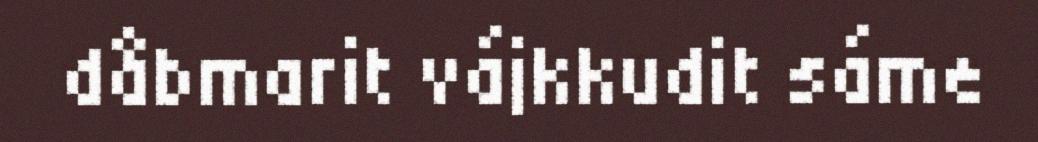
dåbmarit vájkkudit sáme